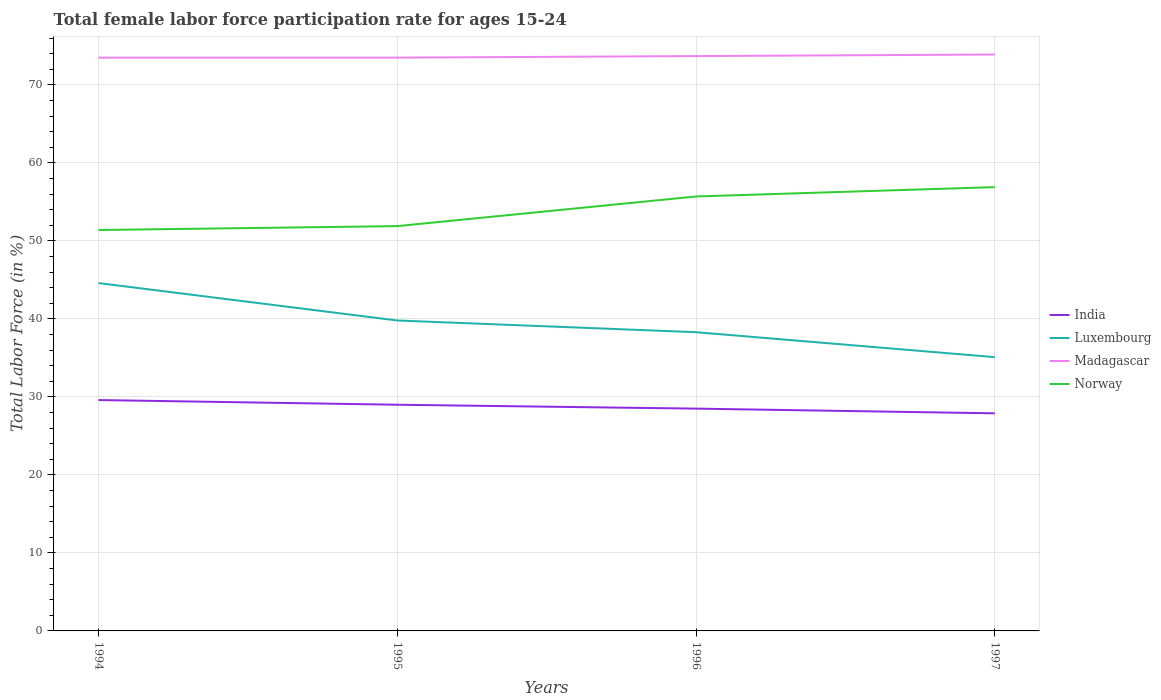
| Years | India | Luxembourg | Madagascar | Norway |
 | --- | --- | --- | --- | --- |
 | 1994 | 29.6 | 44.6 | 73.5 | 51.4 |
 | 1995 | 29 | 39.8 | 73.5 | 51.9 |
 | 1996 | 28.5 | 38.3 | 73.7 | 55.7 |
 | 1997 | 27.9 | 35.1 | 73.9 | 56.9 |